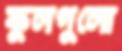
ফুলগুলো